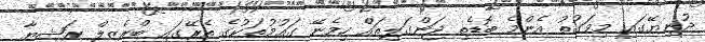
ދުނިޔޭގައި މިވަގުތު އެންމެ ބޮޑެތި ޖަންގަލިތައް ހިމެނޭ ގައުމުތަކުގެ ތެރޭގައި ބްރެޒިލް ރަޝިޔާ